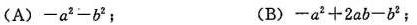
(A) $$ -a ^ {2} -b ^ {2} $$ ; (B) $$ -a ^ {2} +2ab-b ^ {2} $$ ;